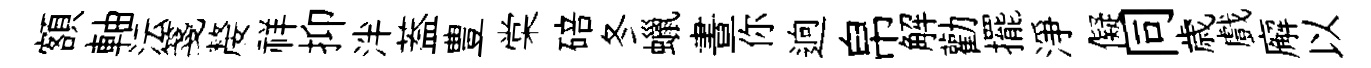
額軸沄箋嫠祥抑泮葢豊棠碚冬蠟晝你逈帛解勸擺淨儗同歳戲廨以